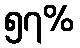
၅၇%